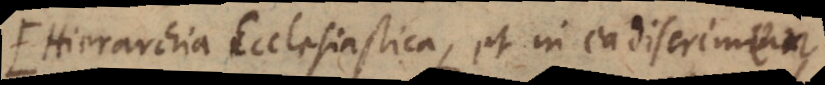
Hierarchia Ecclesiastica, et in ea discrimen